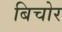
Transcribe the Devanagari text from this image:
बिचोर